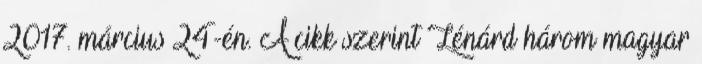
2017. március 24-én. A cikk szerint Lénárd három magyar